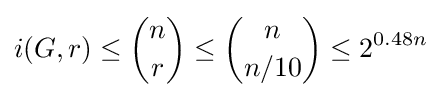
i(G,r)\leq {n \choose r}\leq {n \choose n/10}\leq 2^{0.48n}